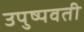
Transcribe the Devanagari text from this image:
उपुष्पवती